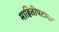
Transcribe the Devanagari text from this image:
माहितीपटावर